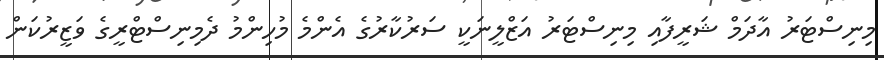
މިނިސްޓަރު އާދަމް ޝަރީފާއި މިނިސްޓަރު އަޒްލީނަކީ ސަރުކާރުގެ އެންމެ މުހިންމު ދެމިނިސްޓްރީގެ ވަޒީރުކަން